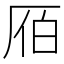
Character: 𠩡